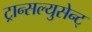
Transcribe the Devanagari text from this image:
ट्रान्सल्युसेन्ट्